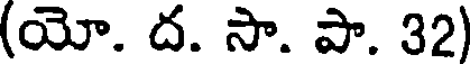
(యో. ద. సా. పా. 32)